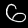
Digit: 6